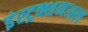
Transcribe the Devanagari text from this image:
इंस्ट्रक्शनअल